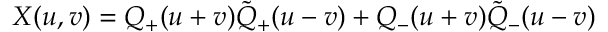
X ( u , v ) = Q _ { + } ( u + v ) \tilde { Q } _ { + } ( u - v ) + Q _ { - } ( u + v ) \tilde { Q } _ { - } ( u - v )